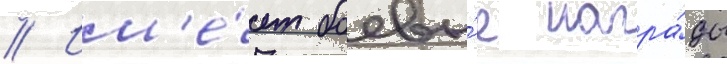
// Им'е́ет боевы́е награ́ды